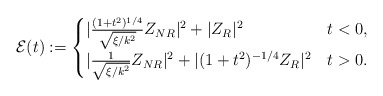
\begin{align*} \mathcal{E}(t):= \begin{cases} |\frac{(1+t^2)^{1/4}}{\sqrt{\xi/k^2}} Z_{NR}|^2 + |Z_R|^2 & t< 0, \\ |\frac{1}{\sqrt{\xi/k^2}} Z_{NR}|^2 + |(1+t^2)^{-1/4}Z_{R}|^2 & t>0. \end{cases} \end{align*}